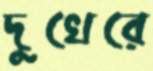
দুখেরে